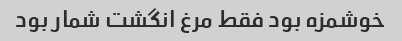
خوشمزه بود فقط مرغ انگشت شمار بود